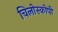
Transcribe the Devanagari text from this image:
चिलोस्कोपी